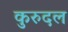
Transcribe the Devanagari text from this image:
कुरुदल